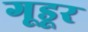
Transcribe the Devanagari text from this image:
गूडूर